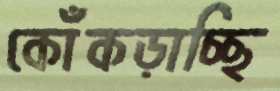
কোঁকড়াচ্ছি